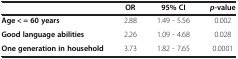
<table><thead><tr><td><b> </b></td><td><b>OR</b></td><td><b>95% CI</b></td><td><b><i>p</i>-value</b></td></tr></thead><tbody><tr><td><b>Age &lt; = 60 years</b></td><td>2.88</td><td>1.49 - 5.56</td><td>0.002</td></tr><tr><td><b>Good language abilities</b></td><td>2.26</td><td>1.09 - 4.68</td><td>0.028</td></tr><tr><td><b>One generation in household</b></td><td>3.73</td><td>1.82 - 7.65</td><td>0.0001</td></tr></tbody></table>